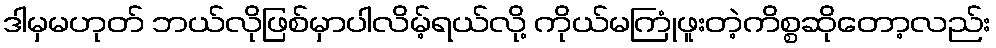
ဒါမှမဟုတ် ဘယ်လိုဖြစ်မှာပါလိမ့်ရယ်လို့ ကိုယ်မကြုံဖူးတဲ့ကိစ္စဆိုတော့လည်း